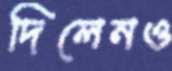
দিলেনও